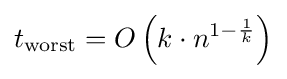
t_{\text{worst}}=O\left(k\cdot n^{1-{\frac {1}{k}}}\right)